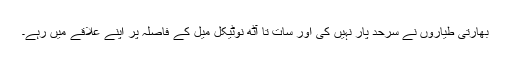
بھارتی طیاروں نے سرحد پار نہیں کی اور سات تا آٹھ نوٹیکل میل کے فاصلہ پر اپنے علاقے میں رہے۔